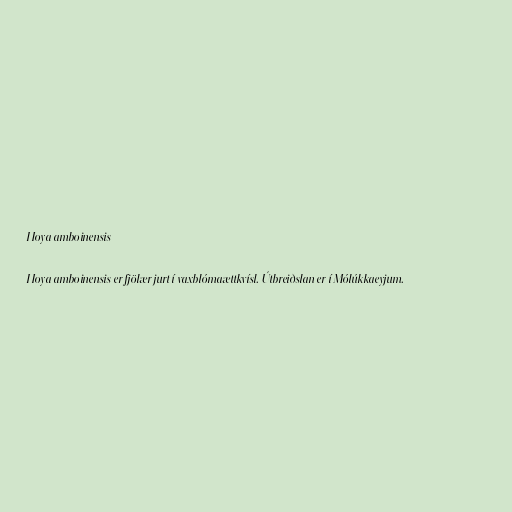
Hoya amboinensis

Hoya amboinensis er fjölær jurt í vaxblómaættkvísl. Útbreiðslan er í Mólúkkaeyjum.